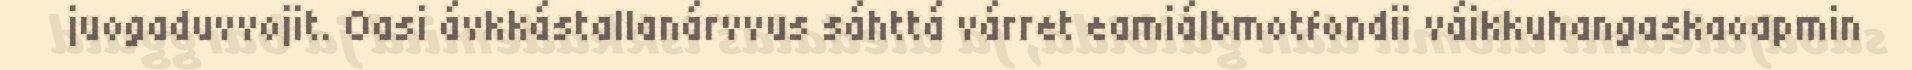
juogaduvvojit. Oasi ávkkástallanárvvus sáhttá várret eamiálbmotfondii váikkuhangaskaoapmin